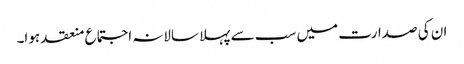
ان کی صدارت میں سب سے پہلا سالانہ اجتماع منعقد ہوا۔